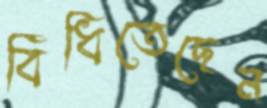
বিঁধিতেছেন